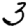
Digit: 3